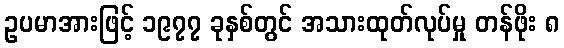
ဥပမာအားဖြင့် ၁၉၇၇ ခုနှစ်တွင် အသားထုတ်လုပ်မှု တန်ဖိုး ၈